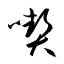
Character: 喫